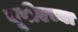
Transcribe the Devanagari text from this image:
यूपीएच्या